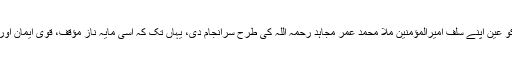
شہید منصور صاحب نے امارت اسلامیہ کے زعامت کی ذمہ داری کو عین اپنے سلف امیرالمؤمنین ملا محمد عمر مجاہد رحمہ اللہ کی طرح سرانجام دی، یہاں تک کہ اسی مایہ ناز مؤقف، قوی ایمان اور توکل کیساتھ جہادی سفر کے دوران اللہ تعالی کے حضورجا پہنچے۔